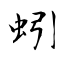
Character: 蚓